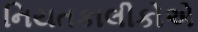
નિયતકાલીકોએ